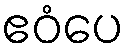
ဧဝံပေ